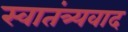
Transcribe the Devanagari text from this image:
स्वातंत्र्यवाद